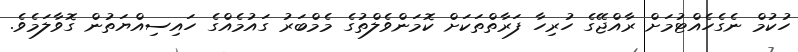
ހުކުމް ނެގެހެއްޓުމަށް ރާއްޖޭގެ ހުރިހާ ފަރާތްތަކަށް ކޮމަންވެލްތުގެ މެމްބަރު ގައުމެއްގެ ހައިސިއްޔަތުން ގޮވާލަމެވެ.